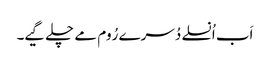
اَب اُنسلے دُسرے رُوم مے چلے گیے۔